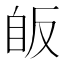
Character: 𦤇